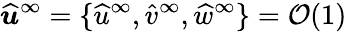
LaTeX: \widehat{\boldsymbol{u}}^{\infty}=\lbrace\widehat{u}^{\infty},\widehat{v}^{\infty},\widehat{w}^{\infty}\rbrace=\mathcal{O}(1)